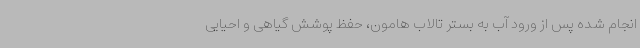
انجام شده پس از ورود آب به بستر تالاب هامون، حفظ پوشش گیاهی و احیایی